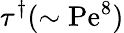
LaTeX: \tau^{\dagger}(\sim\mathrm{Pe}^{8})